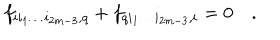
f _ { i i _ { 1 } \dots i _ { 2 m - 3 } , q } + f _ { q i _ { 1 } \dots i _ { 2 m - 3 } , i } = 0 \quad .